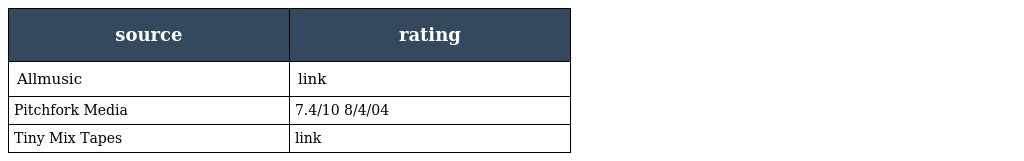
| source | rating |
 | --- | --- |
 | Allmusic | link |
 | Pitchfork Media | 7.4/10 8/4/04 |
 | Tiny Mix Tapes | link |